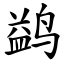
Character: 鹢